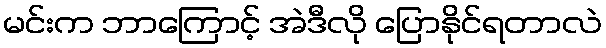
မင်းက ဘာကြောင့် အဲဒီလို ပြောနိုင်ရတာလဲ